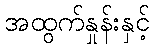
အထွက်နှုန်းနှင့်